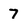
Character: 7